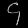
Digit: ၄